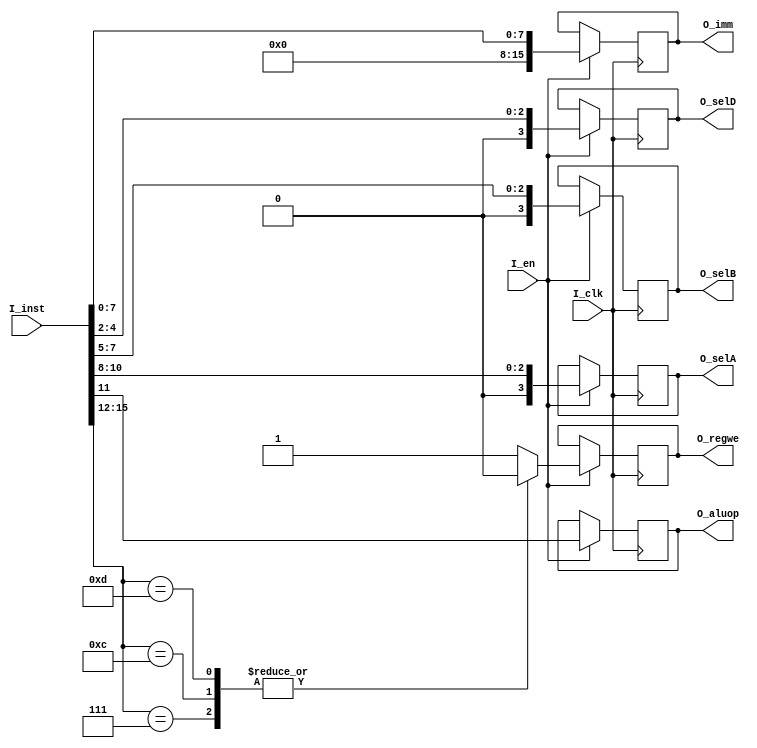
`timescale 1ns / 1ps
//////////////////////////////////////////////////////////////////////////////////
// Company: 
// Engineer: 
// 
// Design Name: 
// Module Name: Instruction Decoder
// Project Name: 
// Target Devices: 
// Tool Versions: 
// Description: 
// 
// Dependencies: 
// 
// Revision:
// Revision 0.01 - File Created
// Additional Comments:
// 
//////////////////////////////////////////////////////////////////////////////////


module inst_dec(
	input I_clk,
	input I_en,
	input [15:0] I_inst,
	
	output reg O_aluop,
	output reg [3:0] O_selA,
	output reg [3:0] O_selB,
	output reg [3:0] O_selD,
	output reg [15:0] O_imm,
	output reg O_regwe
);
	//initial block
	initial
	begin
		O_aluop = 0;
		O_selA = 0;
		O_selB = 0;
		O_selD = 0;
		O_imm = 0;
		O_regwe = 0;
	end 	
	//Instruction decoder block
	always@(negedge I_clk)
	begin
		if(I_en) begin
			O_aluop <= I_inst[15:11];   // opcode
			O_selA  <= I_inst[10:8];	//reg A
			O_selB  <= I_inst[7:5];		//reg B
			O_selD  <= I_inst[4:2];		//regD 
			O_imm  <= I_inst[7:0];		//Imm Data
		//reg write enable
		case(I_inst[15:12])	
			4'b0111: O_regwe <= 0;
			4'b1100: O_regwe <= 0;
			4'b1101: O_regwe <= 0;
			default: O_regwe <= 1;
		endcase
	end
	end
endmodule